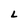
Character: L